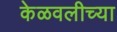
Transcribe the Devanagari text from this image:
केळवलीच्या